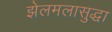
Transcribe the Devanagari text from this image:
झेलमलासुद्धा